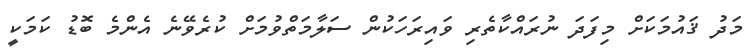
މަދު ޤައުމަކަށް މިފަދަ ނުރައްކާތެރި ވައިރަހަކުން ސަލާމަތްވުމަށް ކުރެވޭނެ އެންމެ ބޮޑު ކަމަކީ